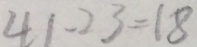
4 1 - 2 3 = 1 8